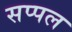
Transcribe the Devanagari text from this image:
सप्पल